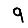
Digit: 9